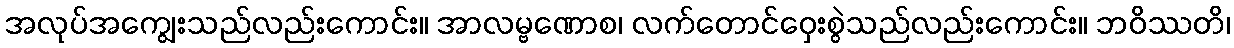
အလုပ်အကျွေးသည်လည်းကောင်း။ အာလမ္ဗဏောစ၊ လက်တောင်ဝှေးစွဲသည်လည်းကောင်း။ ဘဝိဿတိ၊